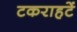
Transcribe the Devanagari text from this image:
टकराहटें